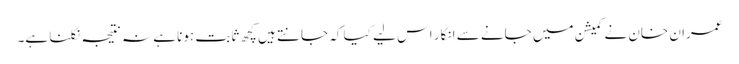
عمران خان نے کمیشن میں جانے سے انکار اس لیے کیا کہ جانتے ہیں کچھ ثابت ہونا ہے نہ نتیجہ نکلنا ہے۔